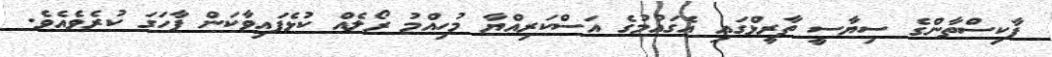
ޕާކިސްތާންގެ ސިޔާސީ ތާރީޅްގައި އެގައުމުގެ އަސްކަރިއްޔާ މުހިއްމު ރޯލެއް ކުޅެފައިވާކަން ފާހަގަ ކުރެވެއެވެ.